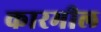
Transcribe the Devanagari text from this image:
कारमील